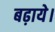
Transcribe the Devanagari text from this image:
बढ़ाये।